Document type: Grant of rights
Year: 1280
Scribe: Pere Marc
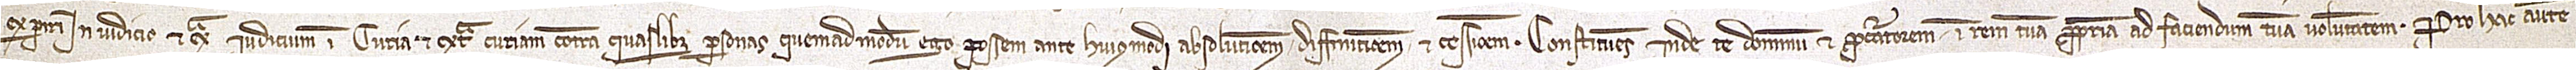
experiri in iudicio et extra iudicium, in curia et extra curiam, contra quaslibet personas quemadmodum ego possem ante huiusmodi absolutionem, diffinitionem et cessionem. Constituens inde te dominum et procuratorem in rem tuam propriam ad faciendum tuam voluntatem. Pro hac autem